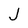
Character: J